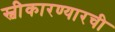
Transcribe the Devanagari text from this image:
स्वीेकारण्यारची